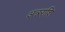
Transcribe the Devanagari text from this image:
अन्नराशि